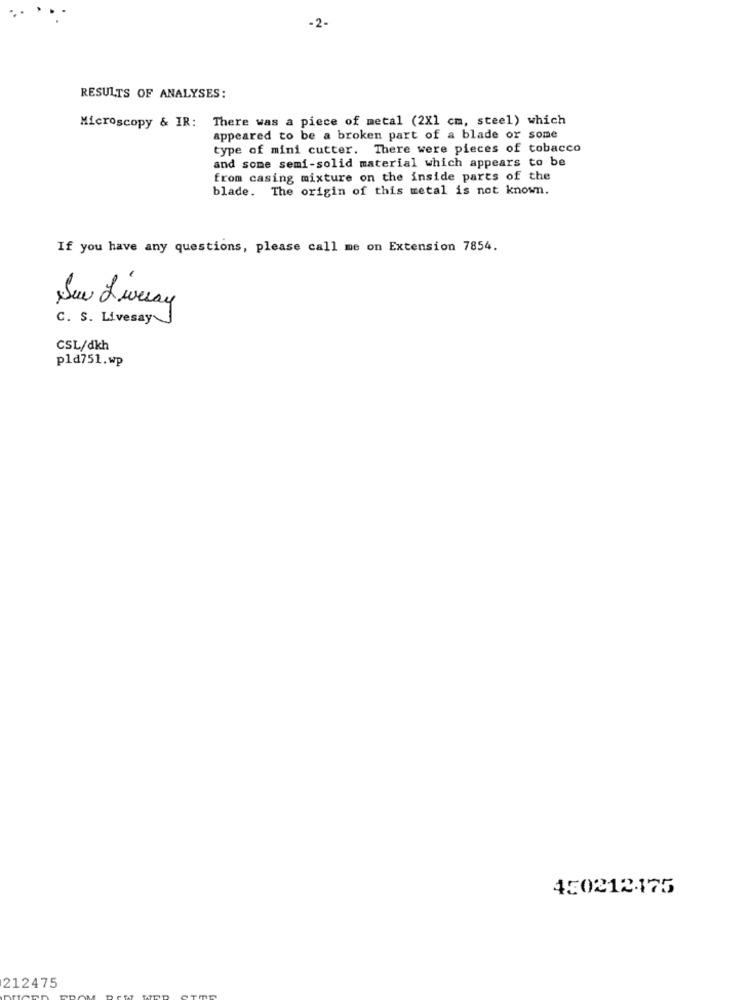
-2.
RESULTS OF ANALYSES:
Microscopy & IR: There was a piece of metal (2X1 cm, steel) which
appeared to be a broken part of a blade or some
type of mini cutter. There were pieces of tobacco
and some semi-solid material which appears to be
from casing mixture on the inside parts of the
blade. The origin of this metal is not known.
If you have any questions, please call me on Extension 7854.
See Luray
C. S. Livesay J
CSL/dkh
pla751.wp
450212475
212475